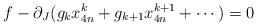
LaTeX: \begin{align*}f-\partial_J(g_kx_{4n}^k+g_{k+1}x_{4n}^{k+1}+\cdots )=0\end{align*}